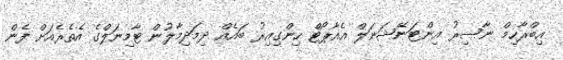
އިބްރާހިމް ނާސިރު އިންޓަނޭޝަނަލް އެއާޕޯޓް ހިންގިއިރު ބައެއް ދިމަދިމާލުން ޓާމިނަލްގެ އެތެރެއަށް ފެން